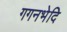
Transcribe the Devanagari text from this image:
गगनभेदि